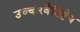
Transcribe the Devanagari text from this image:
उच्चारवैशिष्टेय